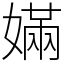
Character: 𡠪